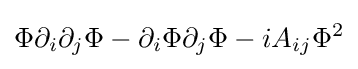
\Phi \partial _{i}\partial _{j}\Phi -\partial _{i}\Phi \partial _{j}\Phi -iA_{ij}\Phi ^{2}